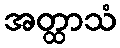
အတ္ထာသံ